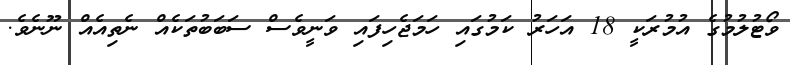
ވޯޓުލުމުގެ އުމުރަކީ 18 އަހަރު ކަމުގައި ހަމަޖެހިފައި ވަނީވެސް ސަބަބުތަކެއް ނެތިއެއް ނޫނެވެ.